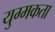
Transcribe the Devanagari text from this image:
युग्मकता